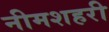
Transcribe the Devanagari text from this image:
नीमशहरी